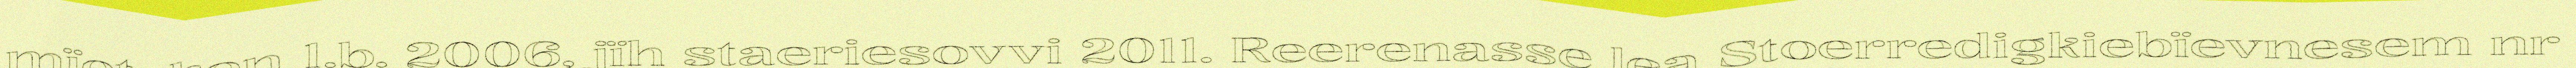
mïetsken 1.b. 2006, jïh staeriesovvi 2011. Reerenasse lea Stoerredigkiebïevnesem nr